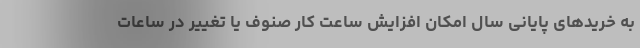
به خریدهای پایانی سال امکان افزایش ساعت کار صنوف یا تغییر در ساعات